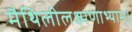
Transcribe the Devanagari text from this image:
मैथिलीलक्ष्मणाभ्याम्।